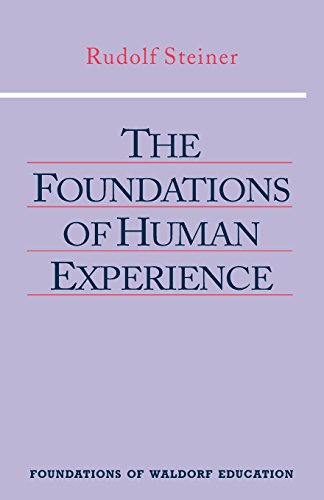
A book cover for The Foundations of Human Experience (Foundations of Waldorf Education); Rudolf Steiner; Religion & Spirituality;